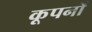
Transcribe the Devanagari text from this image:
कूपनों